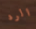
الرد